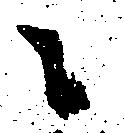
々